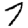
Digit: 7